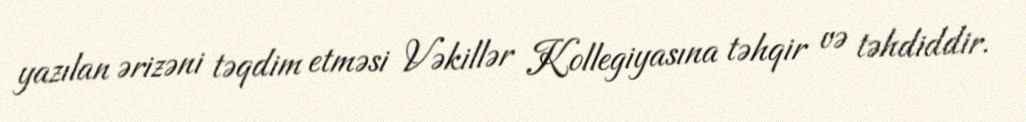
yazılan ərizəni təqdim etməsi Vəkillər Kollegiyasına təhqir və təhdiddir.